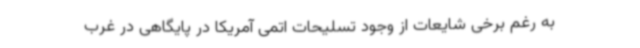
به رغم برخی شایعات از وجود تسلیحات اتمی آمریکا در پایگاهی در غرب